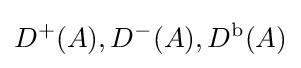
D^{+}(A),D^{-}(A),D^{\text{b}}(A)